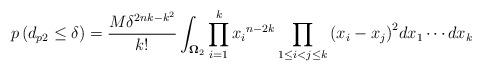
LaTeX: \begin{align*}p\left( {{d_{p2}} \leq \delta } \right) = \frac{{M{\delta ^{2nk - {k^2}}}}}{{k!}}\int_{{{\mathbf{\Omega }}_2}} {\prod\limits_{i = 1}^k {{x_i}^{n - 2k}} \prod\limits_{1 \leq i < j \leq k} {{{\left( {{x_i} - {x_j}} \right)}^2}} d{x_1} \cdots d{x_k}} \end{align*}